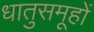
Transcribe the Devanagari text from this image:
धातुसमूहों